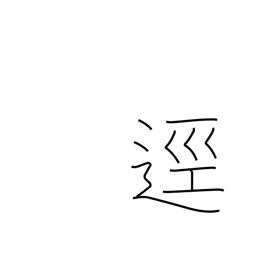
Meaning: path